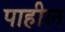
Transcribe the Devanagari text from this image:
पाहील